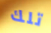
تلك